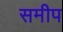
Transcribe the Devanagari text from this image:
समीप